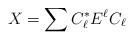
LaTeX: \begin{align*} X= \sum C_\ell^* E^\ell C_\ell \end{align*}